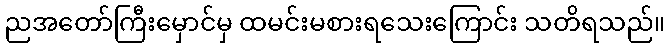
ညအတော်ကြီးမှောင်မှ ထမင်းမစားရသေးကြောင်း သတိရသည်။